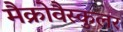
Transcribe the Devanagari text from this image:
मैक्रोवैस्कुलर